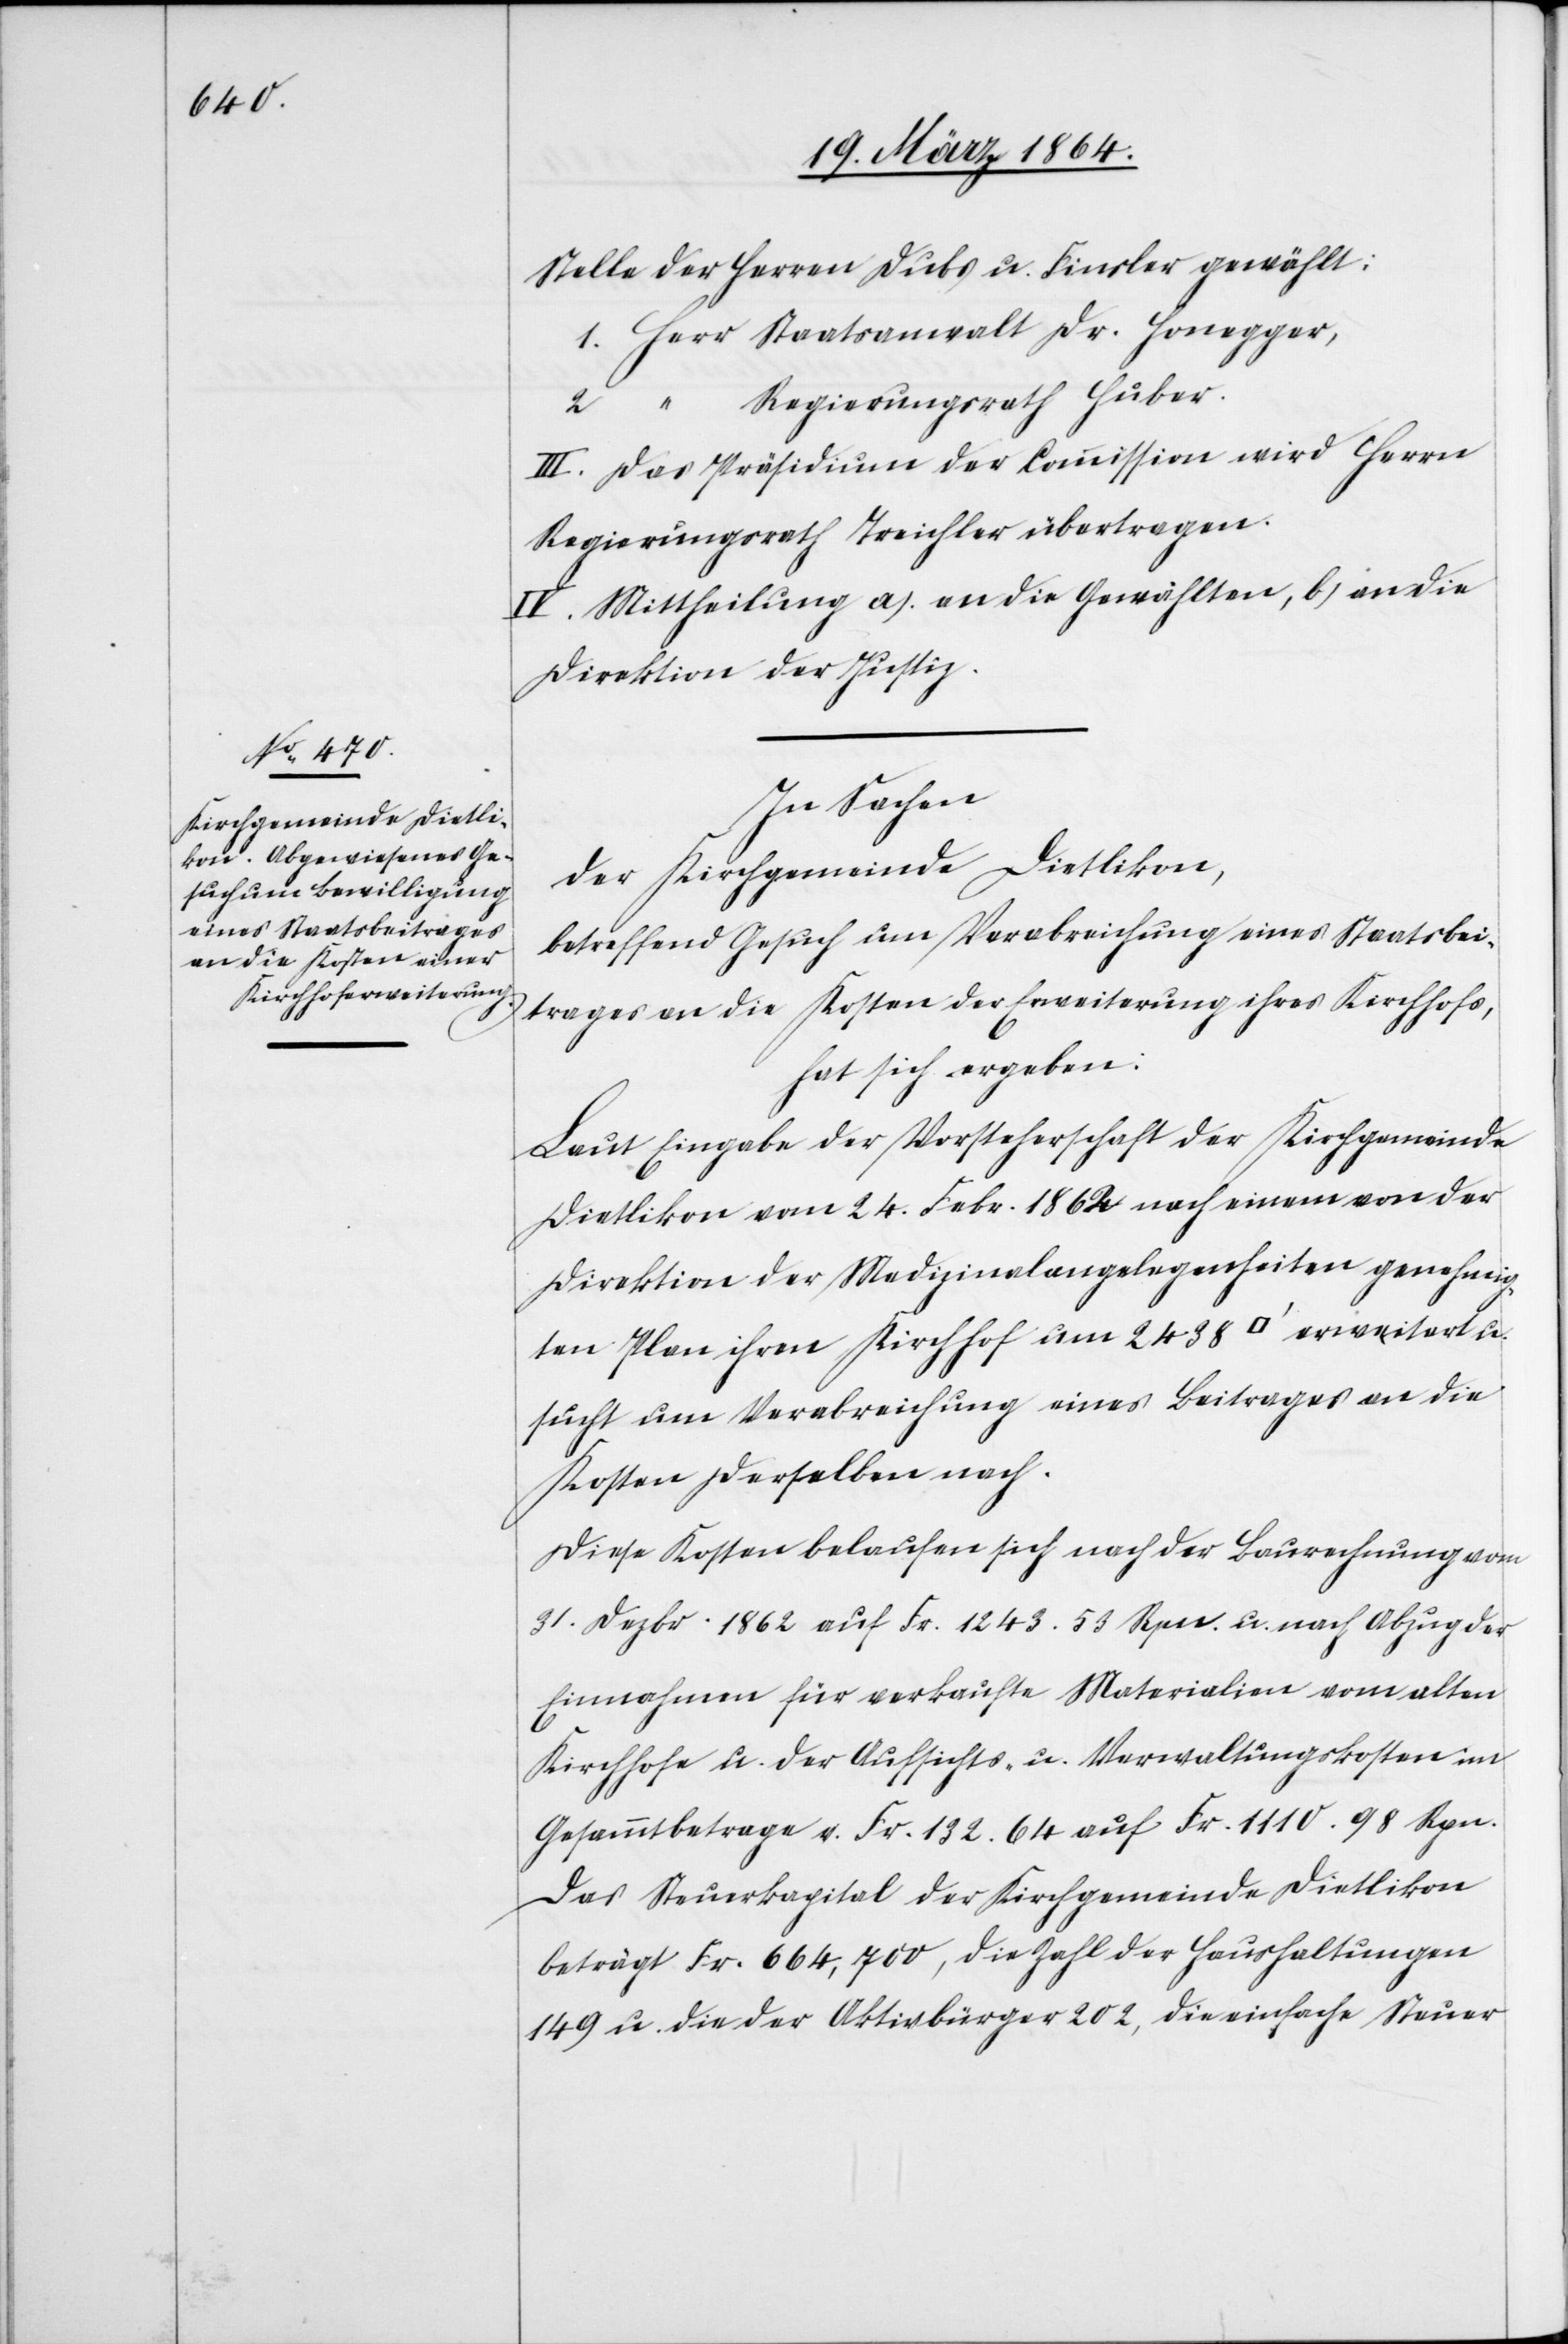
Stelle der Herren Dubs u. Finsler gewählt:
1. Herr Staatsanwalt Dr. Honegger,
Regierungsrath Huber.
2.
III. Das Präsidium der Commission wird Herrn
Regierungsrath Treichler übertragen.
IV. Mittheilung a.) an die Gewählten, b.) an die
Direktion der Justiz.
In Sachen
der Kirchgemeinde Dietlikon,
betreffend Gesuch um Verabreichung eines Staatsbei¬
trages an die Kosten der Erweiterung ihres Kirchhofs,
hat sich ergeben:
Laut Eingabe der Vorsteherschaft der Kirchgemeinde
Dietlikon vom 24. Febr. 1862 nach einem von der
Direktion der Medizinalangelegenheiten genehmig¬
ten Plan ihren Kirchhof um 2438 [Quadratfuss] erweitert
sucht um Verabreichung eines Beitrages an die
Kosten derselben nach.
Diese Kosten belaufen sich nach der Baurechnung vom
31. Dezbr. 1862 auf Fr. 1243.53 Rpn. u. nach Abzug der
Einnahmen für verkaufte Materialien vom alten
Kirchhofe u. der Aufsichts- u. Verwaltungskosten im
Gesammtbetrage v. Fr. 132.64 auf Fr. 1110.98 Rpn.
Das Steuerkapital der Kirchgemeinde Dietlikon
beträgt Fr. 664,700, die Zahl der Haushaltungen
149 u. die der Aktivbürger 202, die einfache Steuer